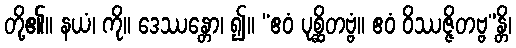
တို့၏။ နယံ၊ ကို။ ဒေဿန္တော၊ ၍။ “ဧဝံ ပုစ္ဆိတဗ္ဗံ။ ဧဝံ ဝိဿဇ္ဇိတဗ္ဗ”န္တိ၊